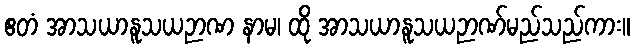
ဧတံ အာသယာနူသယဉာဏ နာမ၊ ထို အာသယာနူသယဉာဏ်မည်သည်ကား။